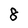
Character: 8